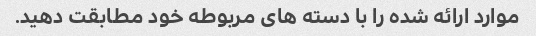
موارد ارائه شده را با دسته های مربوطه خود مطابقت دهید.